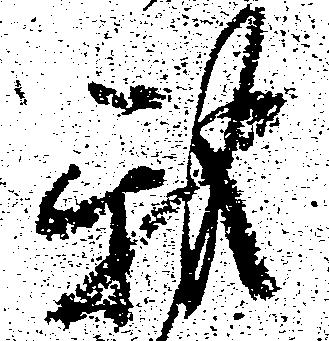
我